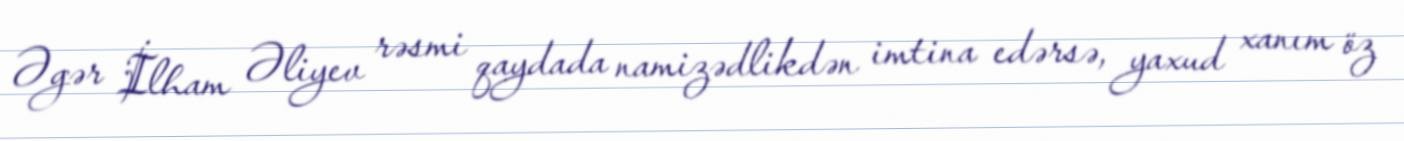
Əgər İlham Əliyev rəsmi qaydada namizədlikdən imtina edərsə, yaxud xanım öz